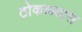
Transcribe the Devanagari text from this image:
ठोकळ्यास